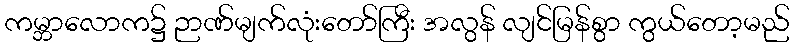
ကမ္ဘာလောက၌ ဉာဏ်မျက်လုံးတော်ကြီး အလွန် လျင်မြန်စွာ ကွယ်တော့မည်